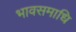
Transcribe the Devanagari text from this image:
भावसमाधि